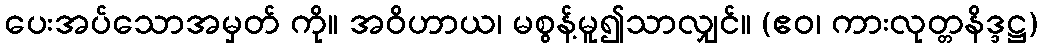
ပေးအပ်သောအမှတ် ကို။ အဝိဟာယ၊ မစွန့်မူ၍သာလျှင်။ (ဧဝ၊ ကားလုတ္တနိဒ္ဒဋ္ဌ)